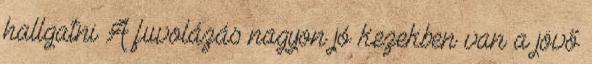
hallgatni A fuvolázás nagyon jó kezekben van a jövő